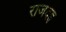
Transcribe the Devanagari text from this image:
राजदह